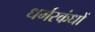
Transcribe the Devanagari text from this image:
धर्मस्कंधों